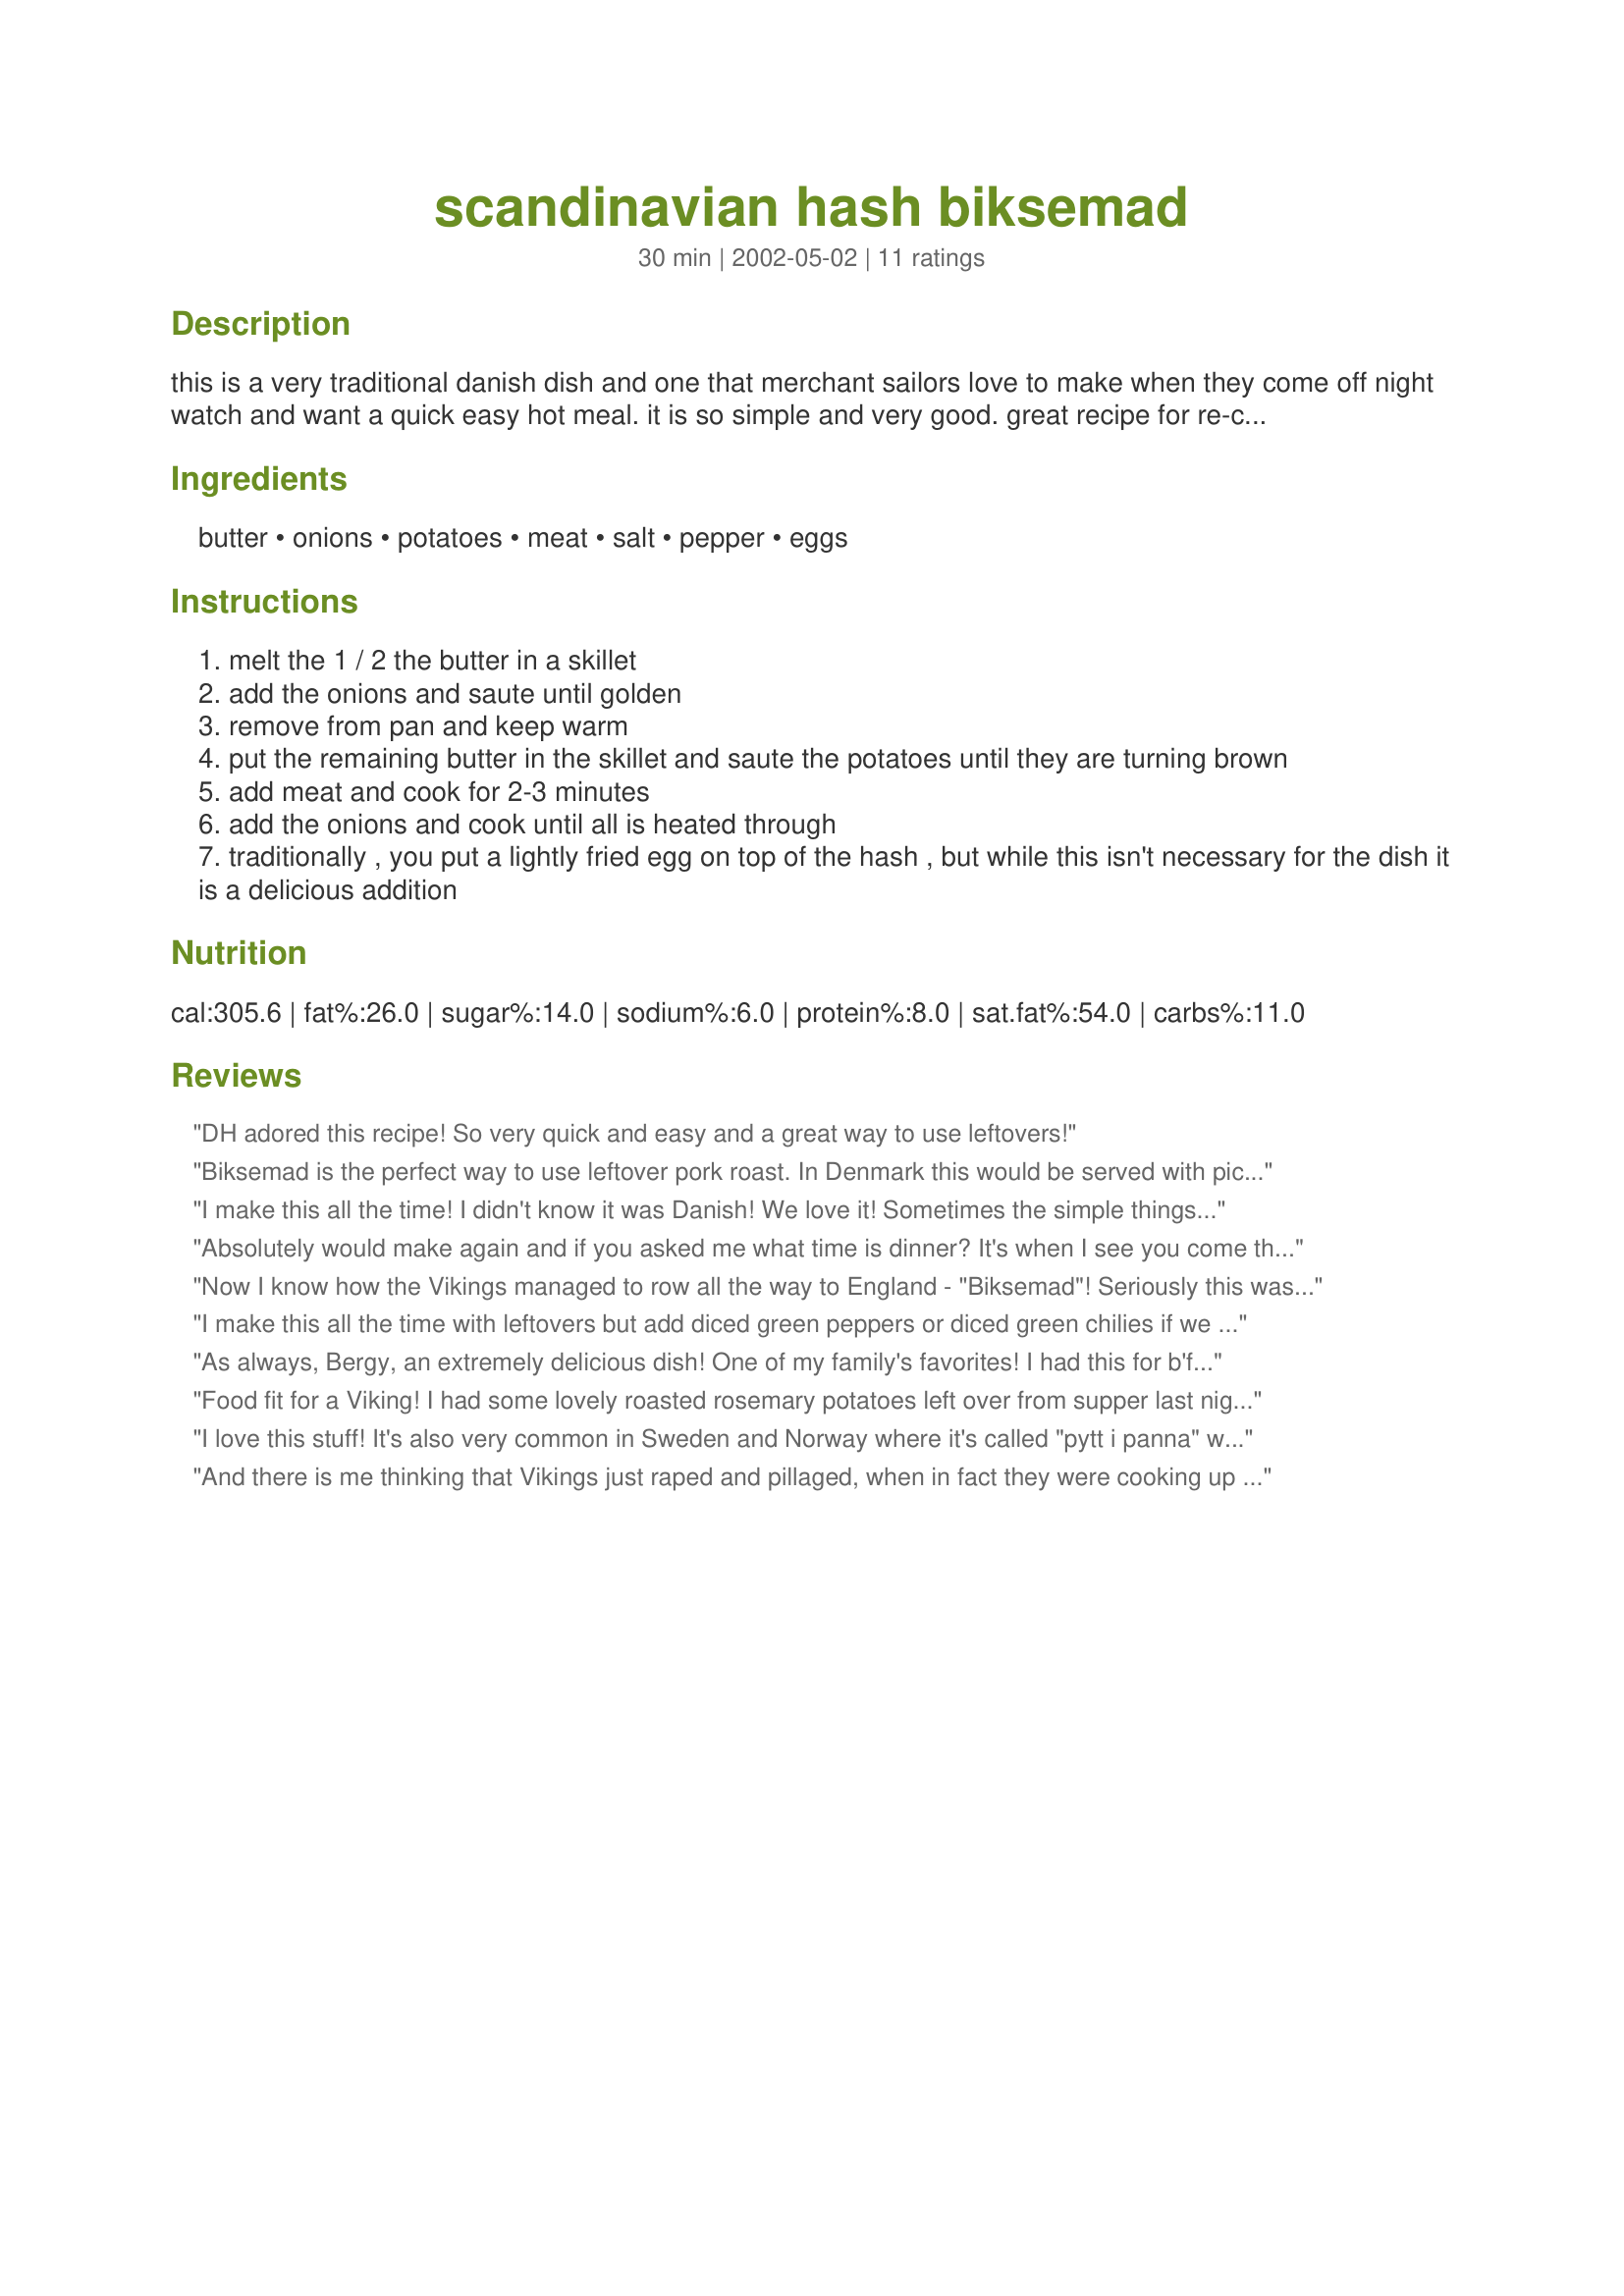
scandinavian hash biksemad
Preparation time: 30 minutes

this is a very traditional danish dish and one that merchant sailors love to make when they come off night watch and want a quick easy hot meal. it is so simple and very good. great recipe for re-cycling left over roasts etc. add some peas or some mushrooms, any left over veggies. the egg is optional but don't miss out on it

Ingredients:
butter, onions, potatoes, meat, salt, pepper, eggs

Steps:
melt the 1 / 2 the butter in a skillet
add the onions and saute until golden
remove from pan and keep warm
put the remaining butter in the skillet and saute the potatoes until they are turning brown
add meat and cook for 2-3 minutes
add the onions and cook until all is heated through
traditionally , you put a lightly fried egg on top of the hash , but while this isn't necessary for the dish it is a delicious addition

Reviews:
DH adored this recipe! So very quick and easy and a great way to use leftovers!
Biksemad is the perfect way to use leftover pork roast. In Denmark this would be served with pickled beets and/or cucumber salad (agurkesalat). Being Danish, and having just had roast pork for Christmas, guess what we're having for supper tonight. One of husband's favorite meals.
I make this all the time! I didn't know it was Danish! We love it! Sometimes the simple things really are the best! Sometimes if we have other leftover cooked veg, I chop that up and add it as well. I often use Worcestershire Sauce for seasoning and some summer savory as well. Does that make it a different recipe, I don't know, but it sure is some good!
Absolutely would make again and if you asked me what time is dinner? It's when I see you come through the door.
Now I know how the Vikings managed to row all the way to England - "Biksemad"! Seriously this was a great way to use the leftovers from a roast of beef and I served it complete with free range eggs on top. Delicious. Thanks Bergy.
I make this all the time with leftovers but add diced green peppers or diced green chilies if we have. I make wells in the hash, drop the eggs, cover with a lid so the eggs are basted, called Western Hash. Every country has their version. This is good!.
As always, Bergy, an extremely delicious dish! One of my family's favorites! I had this for b'fast with the egg on top, and again the next day with some fruit! It's a standard at my house! Thnx for posting. Made for KcK's Forum The Scandinavia Kitchen!
Food fit for a Viking! I had some lovely roasted rosemary potatoes left over from supper last night so I cobbled this together this morning, using turkey pastrami for the "meat". We like our eggs scrambled so after making the potato portion of this meal, I topped it with scrambled eggs. PERFECT for a fast and filling breakfast! Thanks, Bergy! You always have some of the BEST recipes!!! Made for Kittencal's Scandinavian Tag Game 2010.
I love this stuff! It's also very common in Sweden and Norway where it's called "pytt i panna" which is literally "put in the pan". My "leftover" meat was a couple of slices of bacon and one, very lonely, sausage. You definitely need to use cooked potato here - it takes ages for the potato to soften through frying. Untimately, this is just the Scandinavian version of bubble and squeak!
And there is me thinking that Vikings just raped and pillaged, when in fact they were cooking up a storm with this amazing dish! Sign me up to the Viking Merchant Sailor's dating agency, they can cook for me any day of the week! Great and such a wonderful recipe for leftovers, sort of like British Bubble and Squeak with horns! I used left over cooked DANISH ham and we enjoyed this for a late brunch with salad and an egg each. Made for the Scandi games in KK's forum, a veritable Viking victory thanks Bergy!
This is SO YUMMY!!! I didn't know it had a name. We use leftover roast, steak, corn beef etc... whatever is on hand. Great way to clean out the fridge for a quick and yummy meal.
